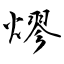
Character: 熮